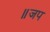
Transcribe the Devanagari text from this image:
॥जप